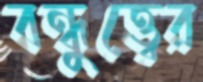
বন্ধুত্ত্বের